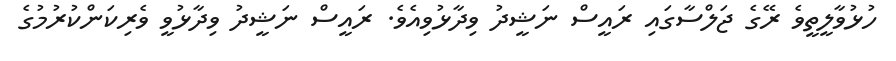
ހުޅުވާލީތީވެ ރޭގެ ޖަލްސާގައި ރައީސް ނަޝީދު ވިދާޅުވިއެވެ. ރައީސް ނަޝީދު ވިދާޅުވީ ވެރިކަންކުރުމުގެ